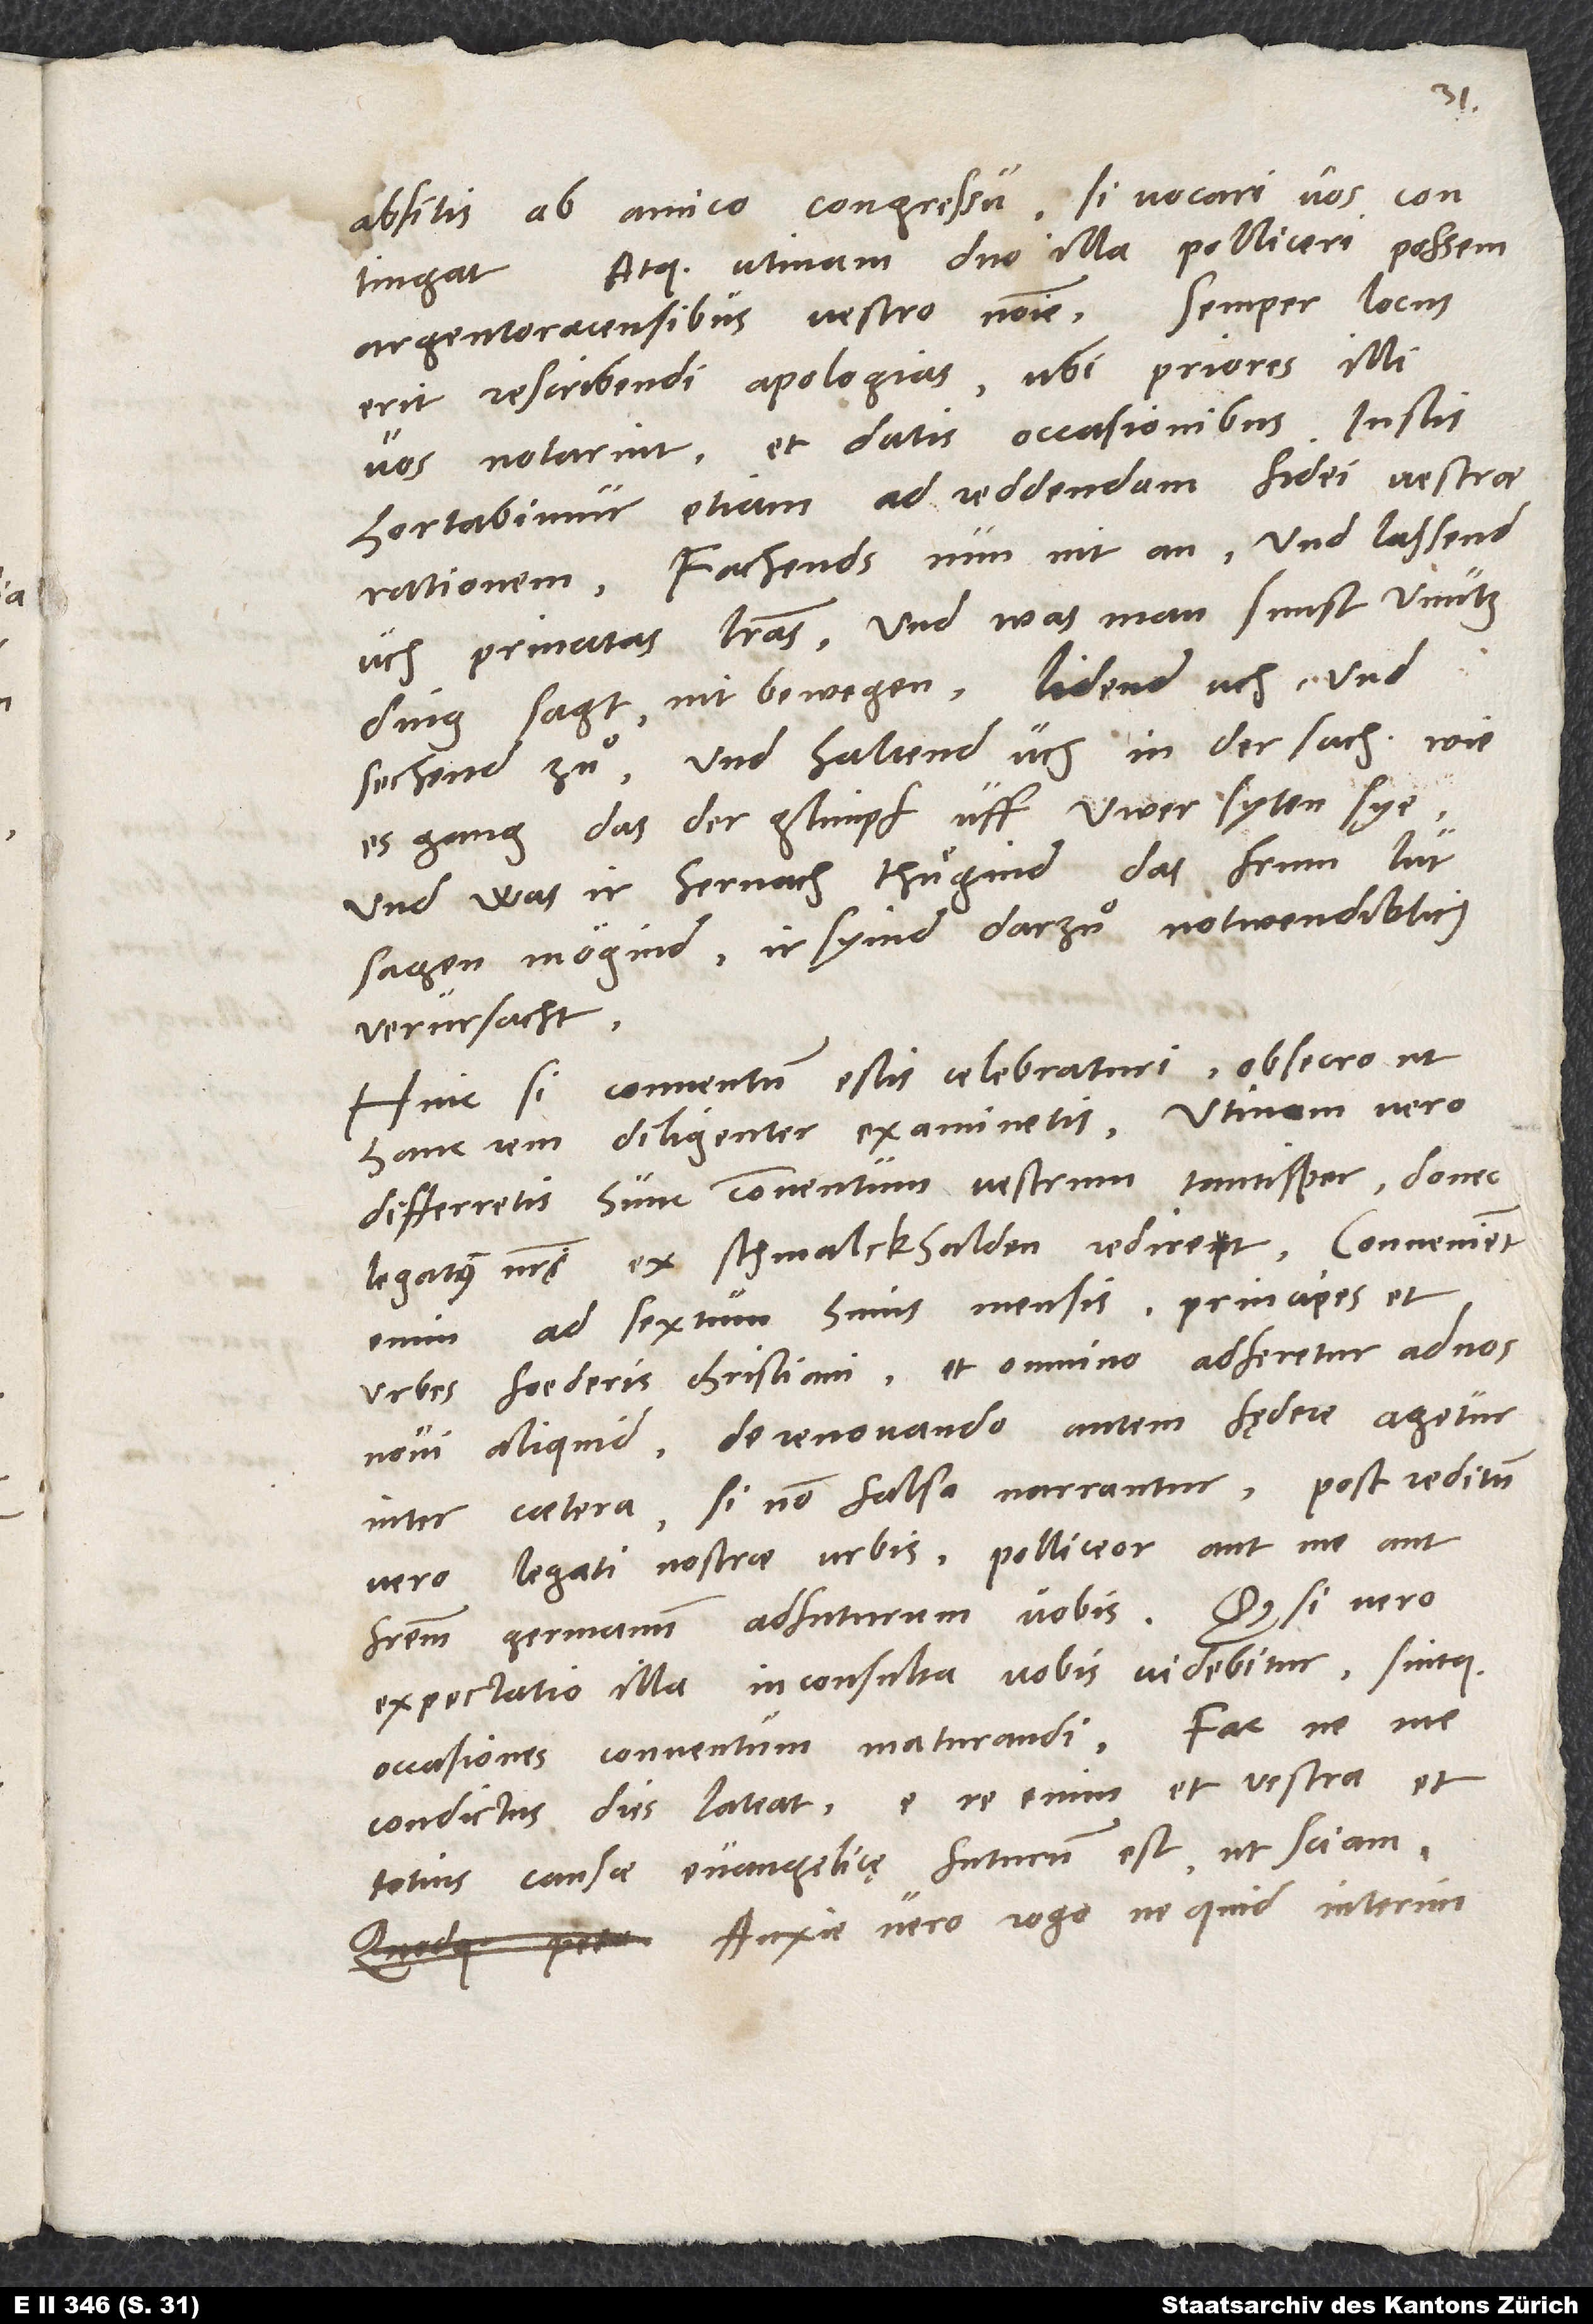
3.
absitis ab amico congressu, si vocari vos contingat.
Atque utinam duo illa polliceri possem
Argentoracensibus vestro nomine! Semper locus
erit rescribendi apologias, ubi priores illi
vos notarint et datis occasionibus iustis.
Hortabimur etiam ad reddendam fidei vestrae
rationem. Fachends nun nit an und lassend
uch privatas literas, und was man sunst unutz
ding sagt, nit bewegen. Lidend uch und
sechend zuͦ und haltend uch in der sach, wie
es gang, das der glimpf uff uwer syten sye,
und was ir hernach thuͤgind, das frum lüt
sagen mögind, ir syind darzuͦ notwendiklich
verursacht.
Hinc, si conventum estis celebraturi, obsecro, ut
hanc rem diligenter examinetis. Utinam vero
differretis hunc conventum vestrum tantisper, donec
legatus noster ex Schmalckhalden rediret! Convenient
enim ad sextum huius mensis principes et
urbes foederis christiani, et omnino adferetur ad nos
novi aliquid. De renovando autem fędere agetur
inter caetera, si non falsa narrantur. Post reditum
vero legati nostrae urbis polliceor aut me aut
fratrem germanum adfuturum vobis. Quodsi vero
expectatio illa inconsulta vobis videbitur sintque
occasiones conventum maturandi, fac, ne me
condictus dies lateat. E re enim et vestra et
totius causae evangelicę futurum est, ut sciam.
Anxie vero rogo, ne quid interim